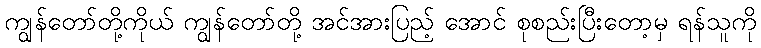
ကျွန်တော်တို့ကိုယ် ကျွန်တော်တို့ အင်အားပြည့် အောင် စုစည်းပြီးတော့မှ ရန်သူကို